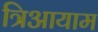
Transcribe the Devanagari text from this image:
त्रिआयाम